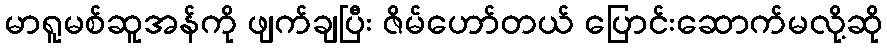
မာရူမစ်ဆူအန်ကို ဖျက်ချပြီး ဇိမ်ဟော်တယ် ပြောင်းဆောက်မလို့ဆို